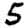
Digit: 5